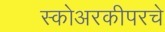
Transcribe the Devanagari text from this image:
स्कोअरकीपरचे